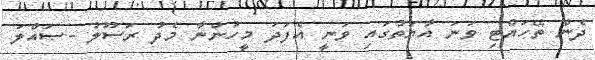
ދެން ތޭހައްޓި ވަނަ އާޔަތުގައި ވަނީ އެފަދަ މީހުންނާ މެދު ރަސޫލު -ޞައްލަ